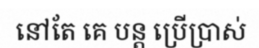
នៅតែ គេ បន្ត ប្រើប្រាស់